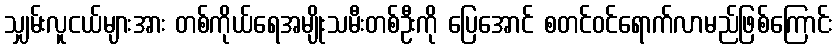
သျှမ်းလူငယ်များအား တစ်ကိုယ်ရေအမျိုးသမီးတစ်ဦးကို ပြေအောင် စတင်ဝင်ရောက်လာမည်ဖြစ်ကြောင်း